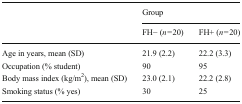
<table><thead><tr><td rowspan="2"></td><td colspan="2"><b>Group</b></td></tr><tr><td><b>FH− (<i>n</i> = 20)</b></td><td><b>FH+ (<i>n</i> = 20)</b></td></tr></thead><tbody><tr><td>Age in years, mean (SD)</td><td>21.9 (2.2)</td><td>22.2 (3.3)</td></tr><tr><td>Occupation (% student)</td><td>90</td><td>95</td></tr><tr><td>Body mass index (kg/m<sup>2</sup>), mean (SD)</td><td>23.0 (2.1)</td><td>22.2 (2.8)</td></tr><tr><td>Smoking status (% yes)</td><td>30</td><td>25</td></tr></tbody></table>